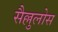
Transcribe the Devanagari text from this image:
सैल्लुलोस